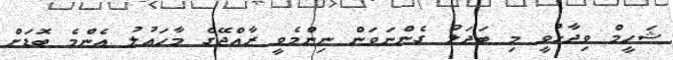
ޝަހީމް ވިދާޅުވީ މި ބަދަލު ގެންނަވަން ނިންމެވީ ރާއްޖޭގެ މާހައުލު އެންމެ ބޮޑަށް